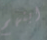
ابنهم